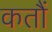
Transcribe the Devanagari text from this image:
कतौं